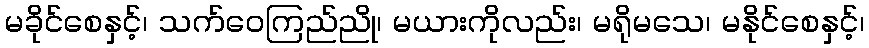
မခိုင်စေနှင့်၊ သက်ဝေကြည်ညို၊ မယားကိုလည်း၊ မရိုမသေ၊ မနိုင်စေနှင့်၊